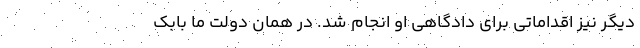
دیگر نیز اقداماتی برای دادگاهی او انجام شد. در همان دولت ما بابک